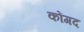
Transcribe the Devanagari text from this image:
कोंगद